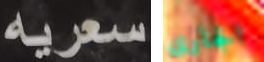
سعريه الجاري